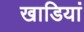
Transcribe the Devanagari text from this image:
खाडियां